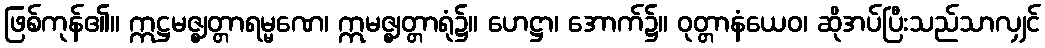
ဖြစ်ကုန်၏။ ဣဋ္ဌမဇ္ဈတ္တာရမ္မဏေ၊ ဣမဇ္ဈတ္တာရုံ၌။ ဟေဋ္ဌာ၊ အောက်၌။ ဝုတ္တာနံယေဝ၊ ဆိုအပ်ပြီးသည်သာလျှင်